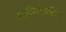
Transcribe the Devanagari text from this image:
अभिव्यक्तिः